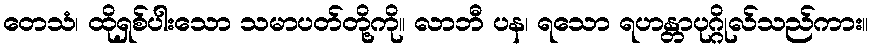
တေသံ၊ ထိုရှစ်ပါးသော သမာပတ်တို့ကို။ လာဘီ ပန၊ ရသော ရဟန္တာပုဂ္ဂိုလ်သည်ကား။